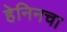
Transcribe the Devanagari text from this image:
हेनिनचा